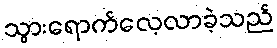
သွားရောက်လေ့လာခဲ့သည်